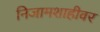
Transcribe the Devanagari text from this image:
निजामशाहीवर